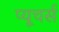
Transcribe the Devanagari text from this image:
प्यूचर्स